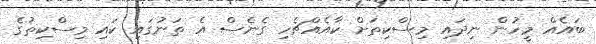
ބައެއް މީހުން ނިދައި މިސްކިތަށް ކާއެއްޗެހި ގެނެސް އެ ތަނުގައި ކައި މިސްކިތުގެ